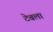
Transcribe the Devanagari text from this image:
टेबला